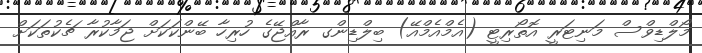
މޯލްޑިވްސް މަނިޓަރީ އޮތޯރިޓީ (އެމްއެމްއޭ) ބިލްޑިންގ ރާއްޖޭގެ ހުރިހާ ބޭންކަކަށް ޖަމާކުރާ ޗެކުތަކަށް